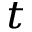
_ t